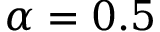
\alpha = 0 . 5